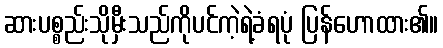
ဆားပစ္စည်းသိုမှီးသည်ကိုပင်ကဲ့ရဲ့ခံရပုံ ပြန်ဟောထား၏။